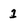
Character: 1